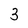
Character: 3